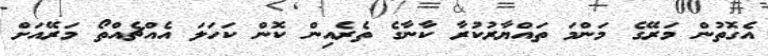
އެގޮތުން މަރޭގެ މަންމަ ތައްޔާރުކުރާ ކާނާގެ ތެރެއިން ކޮން ކަހަލަ އެއްޗެއްތޯ މަރޭއަށް